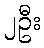
၂ဦး